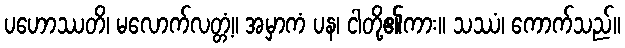
ပဟောဿတိ၊ မလောက်လတ္တံ့။ အမှာကံ ပန၊ ငါတို့၏ကား။ သဿံ၊ ကောက်သည်။